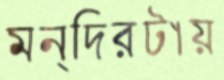
মন্দিরটায়